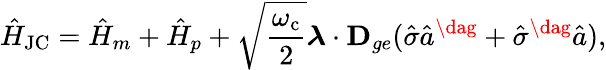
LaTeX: \hat{H}_{\mathrm{JC}}=\hat{H}_{m}+\hat{H}_{p}+\sqrt{\frac{\omega_{\mathrm{c}}}{2}}\boldsymbol{\lambda}\cdot\mathbf{D}_{ge}(\hat{\sigma}\hat{a}^{\dag}+\hat{\sigma}^{\dag}\hat{a}),